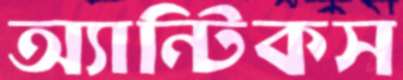
অ্যান্টিকস